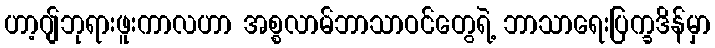
ဟာ့ဂျ်ဘုရားဖူးကာလဟာ အစ္စလာမ်ဘာသာဝင်တွေရဲ့ ဘာသာရေးပြက္ခဒိန်မှာ